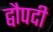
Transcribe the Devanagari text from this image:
द्वौपदी